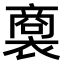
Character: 𧜟